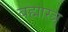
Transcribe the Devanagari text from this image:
बह्मास्त्र